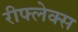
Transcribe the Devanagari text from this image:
रीफ्लेक्स